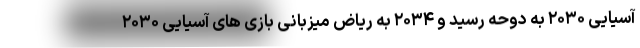
آسیایی ۲۰۳۰ به دوحه رسید و ۲۰۳۴ به ریاض میزبانی بازی های آسیایی ۲۰۳۰